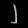
Digit: ၂